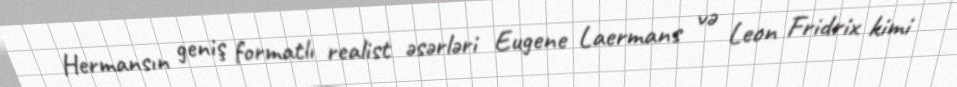
Hermansın geniş formatlı realist əsərləri Eugene Laermans və Leon Fridrix kimi